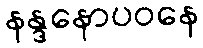
နန္ဒနောပဝနေ